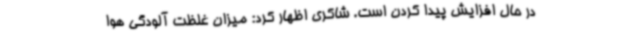
در حال افزایش پیدا کردن است. شاکری اظهار کرد: میزان غلظت آلودگی هوا